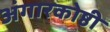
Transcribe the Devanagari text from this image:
अंगारकोष्ठी